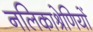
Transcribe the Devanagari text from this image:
नलिकाश्रेणियों